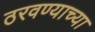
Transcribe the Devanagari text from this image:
ठरवण्याच्या